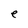
Character: e